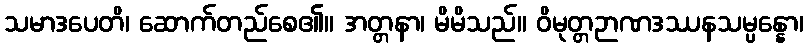
သမာဒပေတိ၊ ဆောက်တည်စေ၏။ အတ္တနာ၊ မိမိသည်။ ဝိမုတ္တဉာဏဒဿနသမ္ပန္နော၊